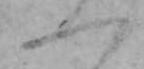
一